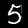
Digit: 5